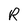
Character: R